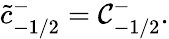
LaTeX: \tilde{c}_{-1/2}^{-}=\mathcal{C}_{-1/2}^{-}.